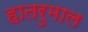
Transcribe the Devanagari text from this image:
हातरुमाल